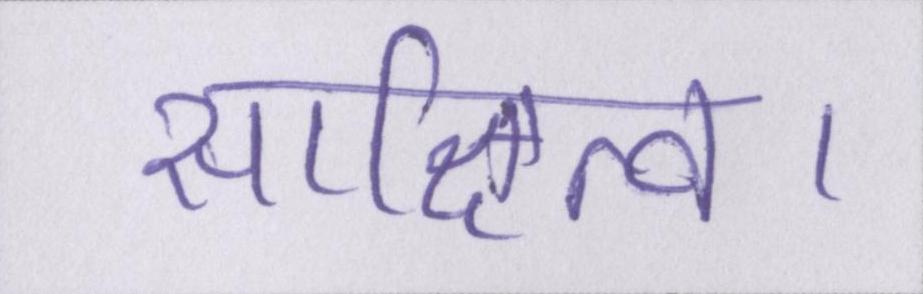
साक्षित्व।